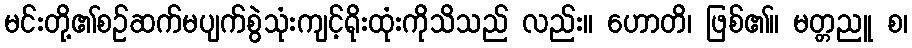
မင်းတို့၏စဉ်ဆက်မပျက်စွဲသုံးကျင့်ရိုးထုံးကိုသိသည် လည်း။ ဟောတိ၊ ဖြစ်၏။ မတ္တညူ စ၊